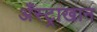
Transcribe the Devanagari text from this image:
अँस्ट्राखान